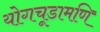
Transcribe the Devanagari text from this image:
योगचूडामणि